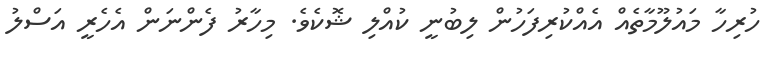
ހުރިހާ މައުލޫމާތެއް އެއްކުރިފަހުން ލިބުނީ ކުއްލި ޝޮކެވެ. މިހާރު ފެންނަން އެހެރީ އަސްލު